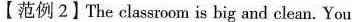
【范例2】The classroom is big and clean. You